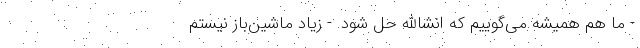
- ما هم همیشه می‌گوییم که انشاالله حل شود. - زیاد ماشین‌باز نیستم